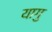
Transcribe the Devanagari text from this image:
यागु